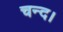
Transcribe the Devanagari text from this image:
चन्‍द।